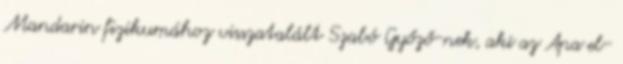
Mandarin fizikumához visszatalált Szabó Győző-nek, aki az Apa el-